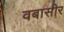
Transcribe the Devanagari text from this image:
वबासीर